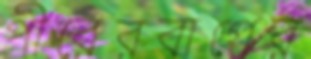
পীরেরবাগের